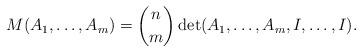
LaTeX: \begin{align*}M(A_1,\dots,A_m)=\binom{n }{m }\det(A_1,\dots,A_m, I,\dots, I).\end{align*}